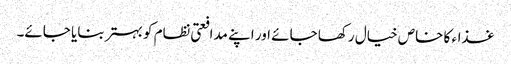
غذاء کا خاص خیال رکھا جائے اور اپنے مدافعتی نظام کو بہتر بنایا جائے۔